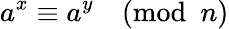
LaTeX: a^{x}\equiv a^{y}{\pmod{n}}